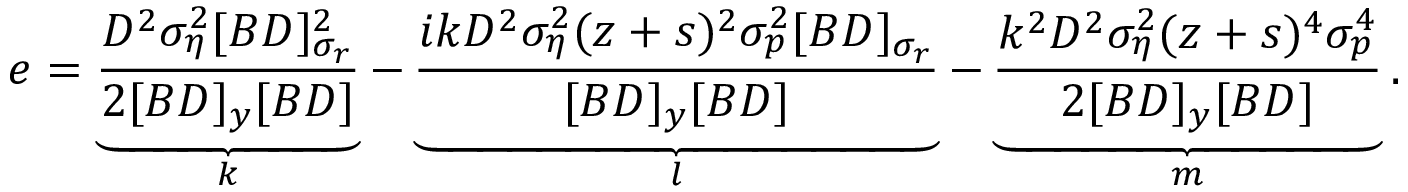
e = \underbrace { \frac { D ^ { 2 } \sigma _ { \eta } ^ { 2 } [ B D ] _ { \sigma _ { r } } ^ { 2 } } { 2 [ B D ] _ { y } [ B D ] } } _ { k } - \underbrace { \frac { i k D ^ { 2 } \sigma _ { \eta } ^ { 2 } ( z + s ) ^ { 2 } \sigma _ { p } ^ { 2 } [ B D ] _ { \sigma _ { r } } } { [ B D ] _ { y } [ B D ] } } _ { l } - \underbrace { \frac { k ^ { 2 } D ^ { 2 } \sigma _ { \eta } ^ { 2 } ( z + s ) ^ { 4 } \sigma _ { p } ^ { 4 } } { 2 [ B D ] _ { y } [ B D ] } } _ { m } .